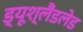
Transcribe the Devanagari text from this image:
ड्यूश्लैंडलेड